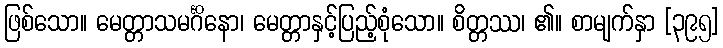
ဖြစ်သော။ မေတ္တာသမင်္ဂိနော၊ မေတ္တာနှင့်ပြည့်စုံသော။ စိတ္တဿ၊ ၏။ စာမျက်နှာ [၃၉၅]